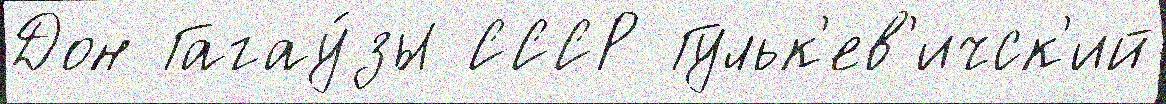
Дон Гагау́зы СССР Гульк'ев'ичск'ий